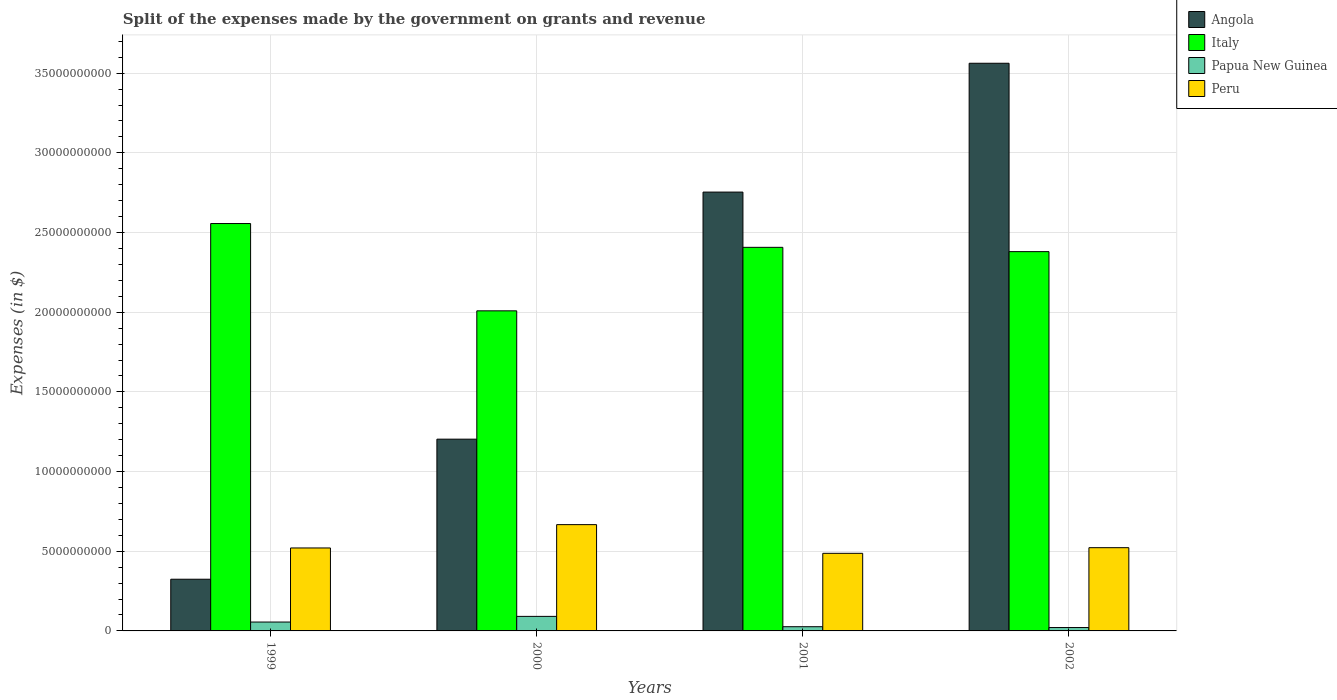
| Years | Angola | Italy | Papua New Guinea | Peru |
 | --- | --- | --- | --- | --- |
 | 1999 | 3.24e+09 | 2.56e+10 | 5.58e+08 | 5.21e+09 |
 | 2000 | 1.2e+10 | 2.01e+10 | 9.12e+08 | 6.67e+09 |
 | 2001 | 2.75e+10 | 2.41e+10 | 2.64e+08 | 4.87e+09 |
 | 2002 | 3.56e+10 | 2.38e+10 | 2.13e+08 | 5.22e+09 |